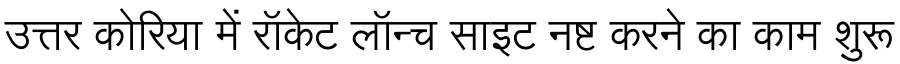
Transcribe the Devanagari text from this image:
उत्तर कोरिया में रॉकेट लॉन्च साइट नष्ट करने का काम शुरू